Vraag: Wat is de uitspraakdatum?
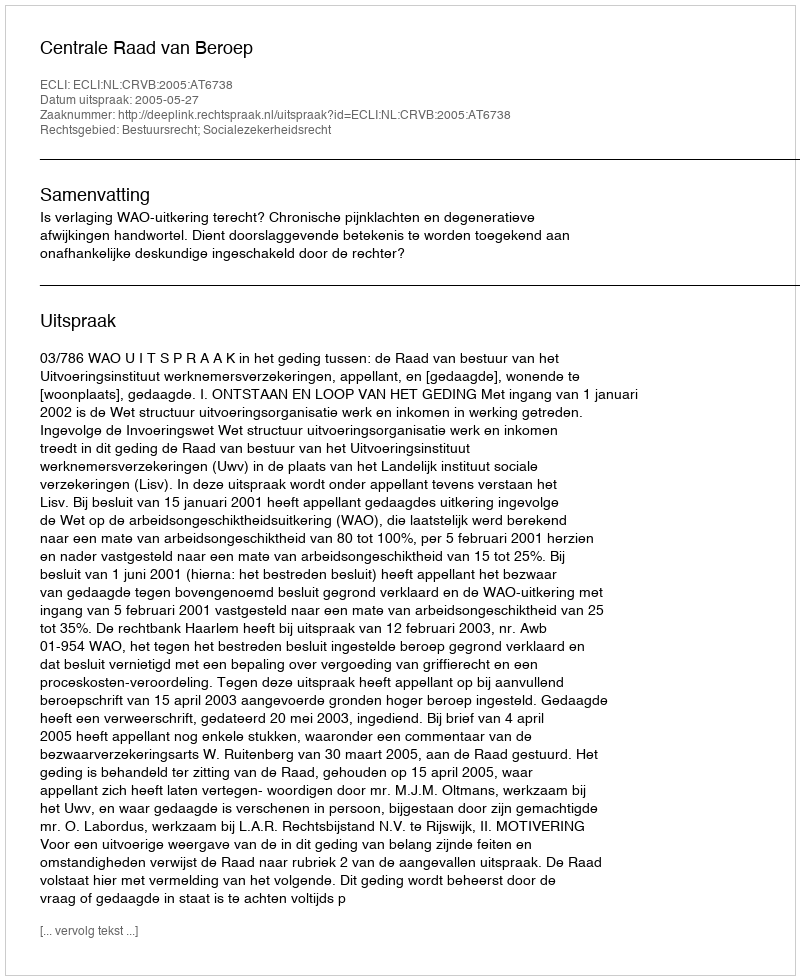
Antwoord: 2005-05-27